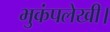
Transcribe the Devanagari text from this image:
भुकंपलेखी।